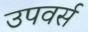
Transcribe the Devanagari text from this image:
उपवर्स